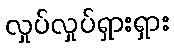
လှုပ်လှုပ်ရှားရှား